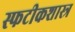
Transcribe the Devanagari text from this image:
स्फटीकशास्त्र